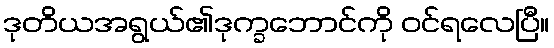
ဒုတိယအရွယ်၏ဒုက္ခဘောင်ကို ဝင်ရလေပြီ။